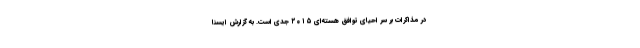
در مذاکرات بر سر احیای توافق هسته‌ای ۲۰۱۵ جدی است. به گزارش ایسنا